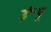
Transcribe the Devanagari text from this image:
ई॰पू